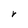
Character: r